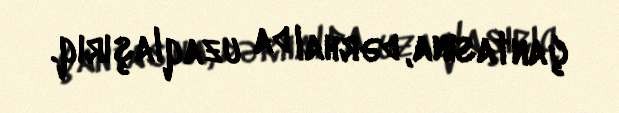
çantasına, dərhal da uzaqlaşırıq.